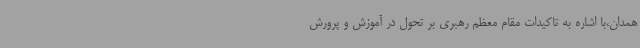
همدان،با اشاره به تاکیدات مقام معظم رهبری بر تحول در آموزش و پرورش